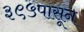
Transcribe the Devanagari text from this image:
३९५पासून